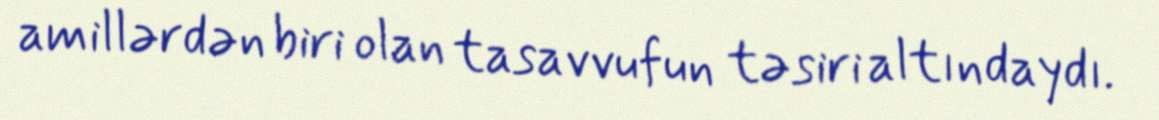
amillərdən biri olan tasavvufun təsiri altındaydı.